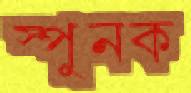
স্পুনক